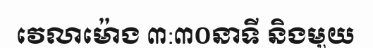
វេលាម៉ោង ៣:៣០នាទី និងមួយ